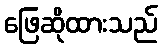
ဖြေဆိုထားသည်